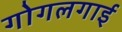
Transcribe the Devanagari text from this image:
गोगलगाई